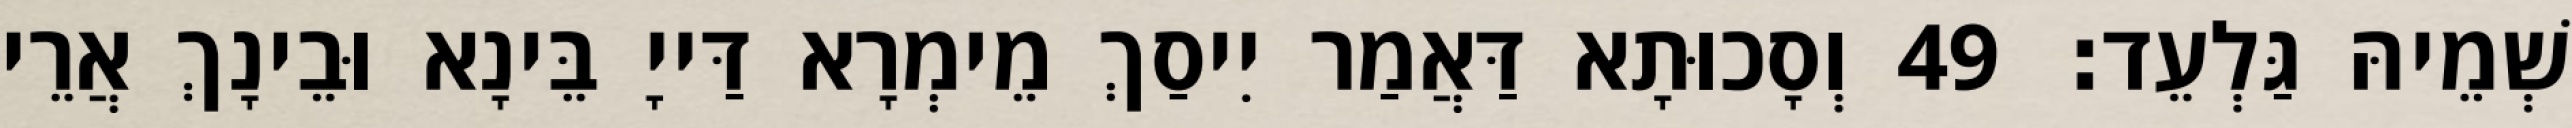
שְׁמֵיהּ גַּלְעֵד׃ 49 וְסָכוּתָא דַּאֲמַר יִיסַךְ מֵימְרָא דַּייָ בֵּינָא וּבֵינָךְ אֲרֵי